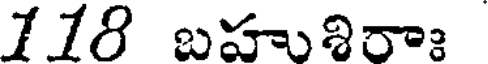
118 బహుశిరాః